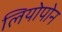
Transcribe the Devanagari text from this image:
लियोपोन